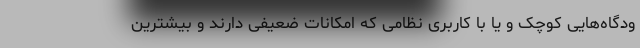
ودگاه‌هایی کوچک و یا با کاربری نظامی که امکانات ضعیفی دارند و بیشترین